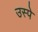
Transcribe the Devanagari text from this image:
उस्पे